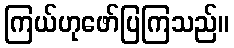
ကြယ်ဟုဖော်ပြကြသည်။